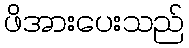
ဖိအားပေးသည်